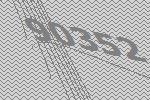
90352